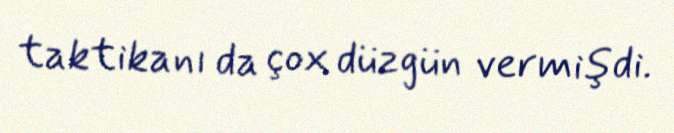
taktikanı da çox düzgün vermişdi.